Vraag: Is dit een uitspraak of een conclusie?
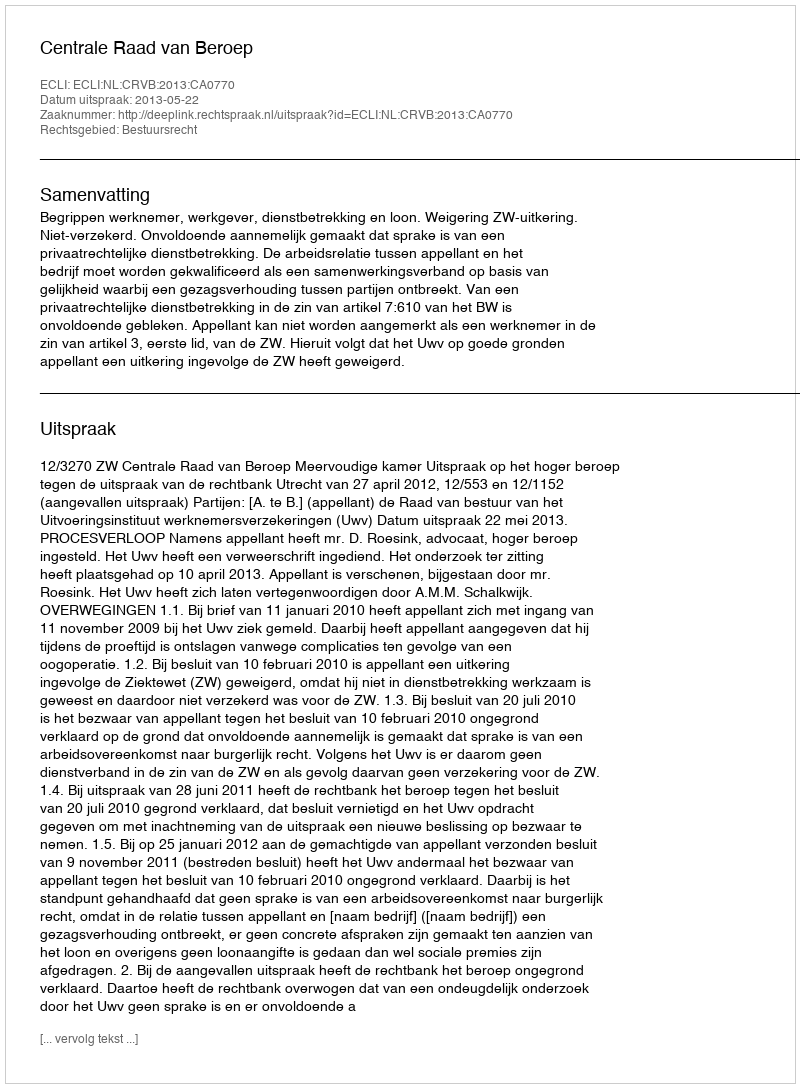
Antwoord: Uitspraak